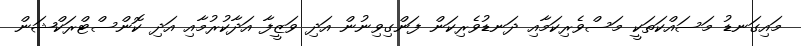
މައިގަނޑު މަސައްކަތަކީ މަސްވެރިކަމާއި ދަނޑުވެރިކަން ފަންގިވިނުން އަދި ވަޒީފާ އަދާކުރުމާއި އަދި ކޮންސްޓްރަކްޝަން